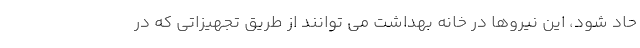
حاد شود، این نیروها در خانه بهداشت می توانند از طریق تجهیزاتی که در